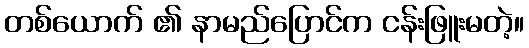
တစ်ယောက် ၏ နာမည်ပြောင်က ငန်းဖြူးမတဲ့။